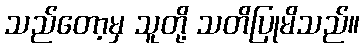
သည်တော့မှ သူတို့ သတိပြုမိသည်။